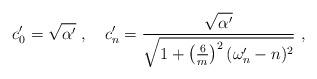
LaTeX: \begin{align*}c'_0 = \sqrt{\alpha'}~,~~~c'_n = \frac{\sqrt{\alpha'}}{\sqrt{1 + \left( \frac{6}{m} \right)^2 (\omega'_n - n)^2 } }~,\end{align*}